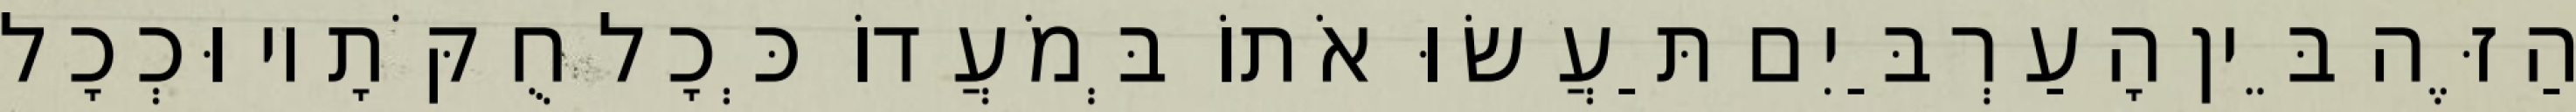
הַזֶּה בֵּין הָעַרְבַּיִם תַּעֲשׂוּ אֹתוֹ בְּמֹעֲדוֹ כְּכָל חֻקֹּתָיו וּכְכָל